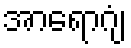
အာရောဂျံ